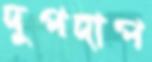
দুপদাপ